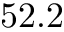
5 2 . 2